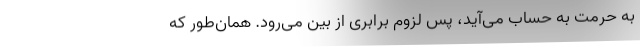
به حرمت به حساب می‌‌آید، پس لزوم برابری از بین می‌رود. همان‌طور که